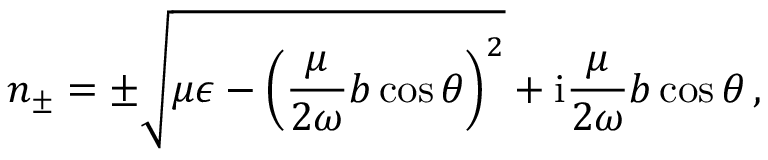
n _ { \pm } = \pm \sqrt { \mu \epsilon - \left( \frac { \mu } { 2 \omega } b \cos \theta \right) ^ { 2 } } + \mathrm { i } \frac { \mu } { 2 \omega } b \cos \theta \, ,